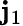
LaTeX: \mathbf{j}_{1}